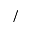
/